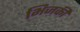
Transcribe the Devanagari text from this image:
भिजकी